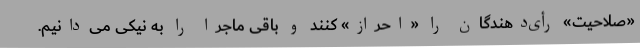
«صلاحیت» رأی‌دهندگان را «احراز» کنند و باقی ماجرا را به نیکی می‌دانیم.